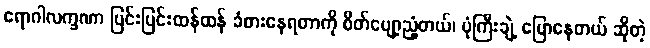
ရောဂါလက္ခဏာ ပြင်းပြင်းထန်ထန် ခံစားနေရတာကို စိတ်ပျော့ညံ့တယ်၊ ပုံကြီးချဲ့ ပြောနေတယ် ဆိုတဲ့